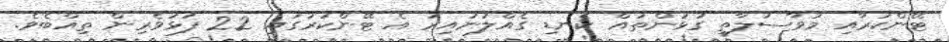
ޓޭންކަރާއި މުވާސަލާތީ ގުޅުންތައް ކެނޑި ގެއްލުނުއިރު އެ ޓޭންކަރުގައި 22 ފަޅުވެރިން ތިއްބެވެ.